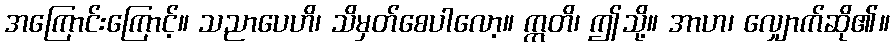
အကြောင်းကြောင့်။ သညာပေဟိ၊ သိမှတ်စေပါလော့။ ဣတိ၊ ဤသို့။ အာဟ၊ လျှောက်ဆို၏။